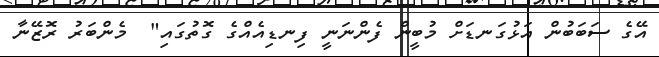
އޭގެ ސަބަބުން އަޅުގަނޑަށް މުބީން ފެންނަނީ ފިނޑިއެއްގެ ގޮތުގައި"  މެންބަރު ރޮޒޭނާ